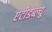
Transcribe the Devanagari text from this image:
एटीडब्ल्यू